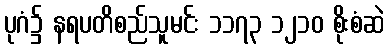
ပုဂံ၌ နရပတိစည်သူမင်း ၁၁၇၃ ၁၂၁၀ စိုးစံဆဲ